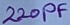
Text: 220PF